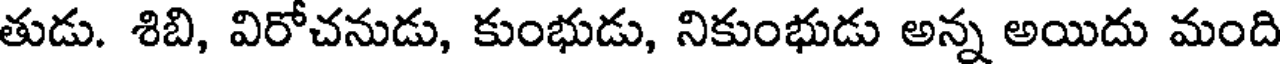
తుడు. శిబి, విరోచనుడు, కుంభుడు, నికుంభుడు అన్న అయిదు మంది